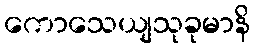
ကောသေယျသုခုမာနိ